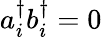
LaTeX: a_{i}^{\dagger}b_{i}^{\dagger}=0